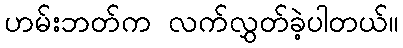
ဟမ်းဘတ်က လက်လွှတ်ခဲ့ပါတယ်။